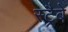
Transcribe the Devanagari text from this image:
स्ट्रैबे